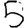
Digit: 5